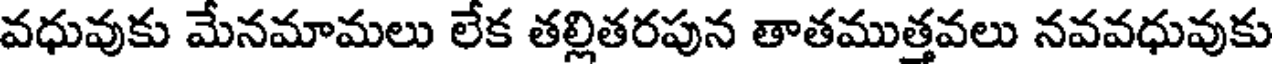
వధువుకు మేనమామలు లేక తల్లితరపున తాతముత్తవలు నవవధువుకు